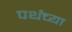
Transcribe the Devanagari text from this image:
पर्थच्या